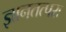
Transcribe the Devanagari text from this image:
ज्ञानतत्परः